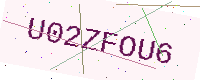
Text: U02ZFOU6